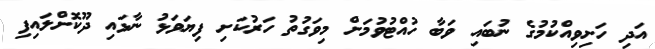
އަދި ހަށިވިއްކުމުގެ ނުބައި ވަބާ ހުއްޓުވުމަށް މިވަގުތު ހަރުކަށި ފިޔަވަޅު ނާޅައި ދޫކޮށްލައިފި